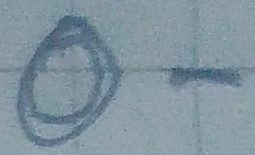
Text: O-